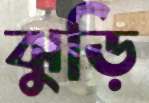
ঝুড়ি